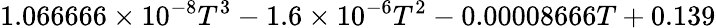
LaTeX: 1.066666\times 10^{-8}T^{3}-1.6\times 10^{-6}T^{2}-0.00008666T+0.139